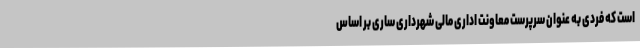
است که فردی به عنوان سرپرست معاونت اداری مالی شهرداری ساری بر اساس